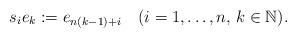
LaTeX: \begin{align*}s_ie_{k}:=e_{n(k-1)+i}\quad(i=1,\ldots,n,\,k\in {\Bbb N}).\end{align*}